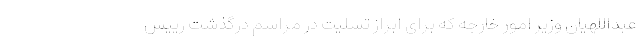
عبداللهیان وزیر امور خارجه که برای ابراز تسلیت در مراسم درگذشت رییس